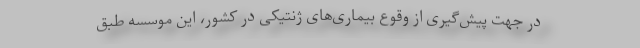
در جهت پیش‌گیری از وقوع بیماری‌های ژنتیکی در کشور، این موسسه طبق